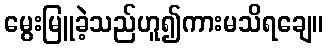
မွေးမြူခဲ့သည်ဟူ၍ကားမသိရချေ။